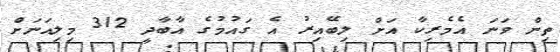
ތިން ވަނަ އެމެރިކާ އަށް ލިބޭއިރު އެ ގައުމުގެ އާބާދީ 312 މިލިއަނަށް